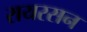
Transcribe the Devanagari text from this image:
रायरसन